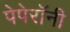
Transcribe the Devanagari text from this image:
पेपेरॉनी